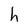
Character: h